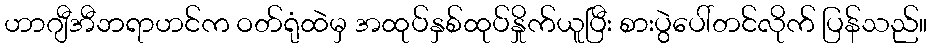
ဟာဂျီအီဘရာဟင်က ဝတ်ရုံထဲမှ အထုပ်နှစ်ထုပ်နှိုက်ယူပြီး စားပွဲပေါ်တင်လိုက် ပြန်သည်။